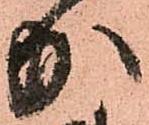
加